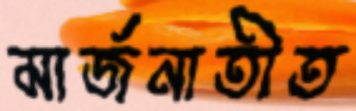
মার্জনাতীত